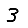
Digit: 3